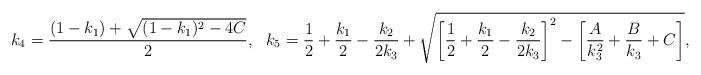
LaTeX: \begin{align*}k_4=\frac{(1-k_1)+\sqrt{(1-k_1)^2-4C}}{2},\ \ k_5=\frac{1}{2}+\frac{k_1}{2}-\frac{k_2}{2k_3}+\sqrt{\left[\frac{1}{2}+\frac{k_1}{2}-\frac{k_2}{2k_3}\right]^2-\left[\frac{A}{k_3^2}+\frac{B}{k_3}+C\right]},\end{align*}